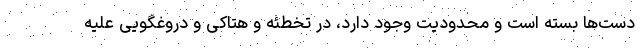
دست‌ها بسته است و محدودیت وجود دارد، در تخطئه و هتاکی و دروغگویی علیه